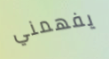
يفهمني